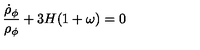
{ \frac { \dot { \rho } _ { \phi } } { \rho _ { \phi } } } + 3 H ( 1 + \omega ) = 0